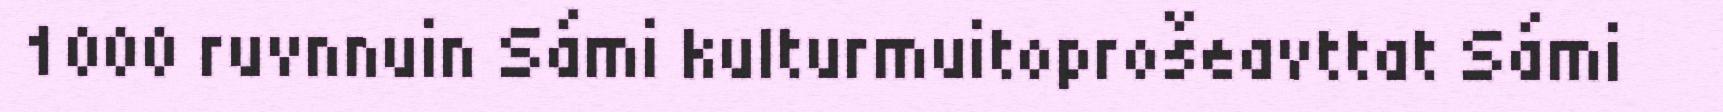
1000 ruvnnuin Sámi kulturmuitoprošeavttat Sámi